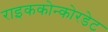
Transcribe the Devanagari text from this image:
राइककोन्कोरडेट